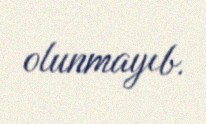
olunmayıb.